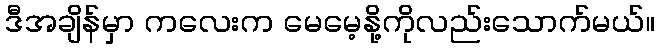
ဒီအချိန်မှာ ကလေးက မေမေ့နို့ကိုလည်းသောက်မယ်။